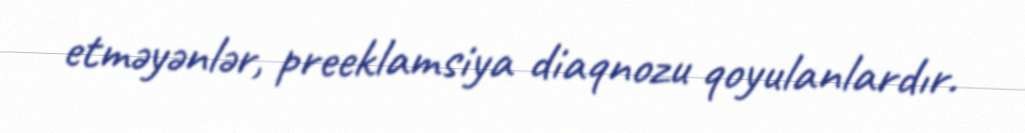
etməyənlər, preeklamsiya diaqnozu qoyulanlardır.